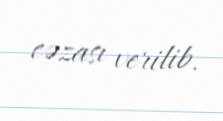
cəzası verilib.